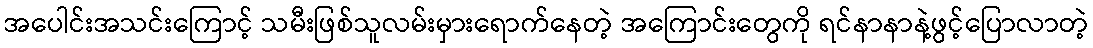
အပေါင်းအသင်းကြောင့် သမီးဖြစ်သူလမ်းမှားရောက်နေတဲ့ အကြောင်းတွေကို ရင်နာနာနဲ့ဖွင့်ပြောလာတဲ့